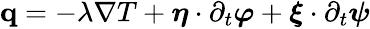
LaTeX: \begin{array}{r}{\mathbf q=-\lambda\nabla T+\boldsymbol\eta\cdot\partial_{t}\boldsymbol\varphi+\boldsymbol\xi\cdot\partial_{t}\boldsymbol\psi}\end{array}